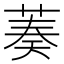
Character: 𦴺